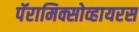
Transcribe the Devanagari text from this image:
पॅरामिक्सोव्हायरस